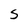
Character: S